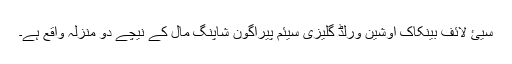
سیئ لائف بینکاک اوشین ورلڈ گلیزی سیئم پیراگون شاپنگ مال کے نیچے دو منزلہ واقع ہے۔